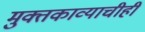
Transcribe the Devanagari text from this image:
मुक्तकाव्याचीही